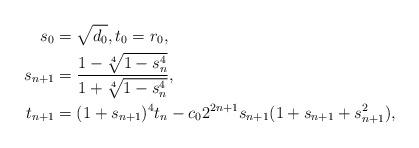
LaTeX: \begin{align*}s_0 &=\sqrt{d_0}, t_0=r_0, \\s_{n+1} &= \frac{1-\sqrt[4]{1-s_n^4}}{1+\sqrt[4]{1-s_n^4}}, \\t_{n+1} &=(1+s_{n+1})^4 t_n - c_0 2^{2n+1} s_{n+1} (1+s_{n+1}+s_{n+1}^2), \end{align*}